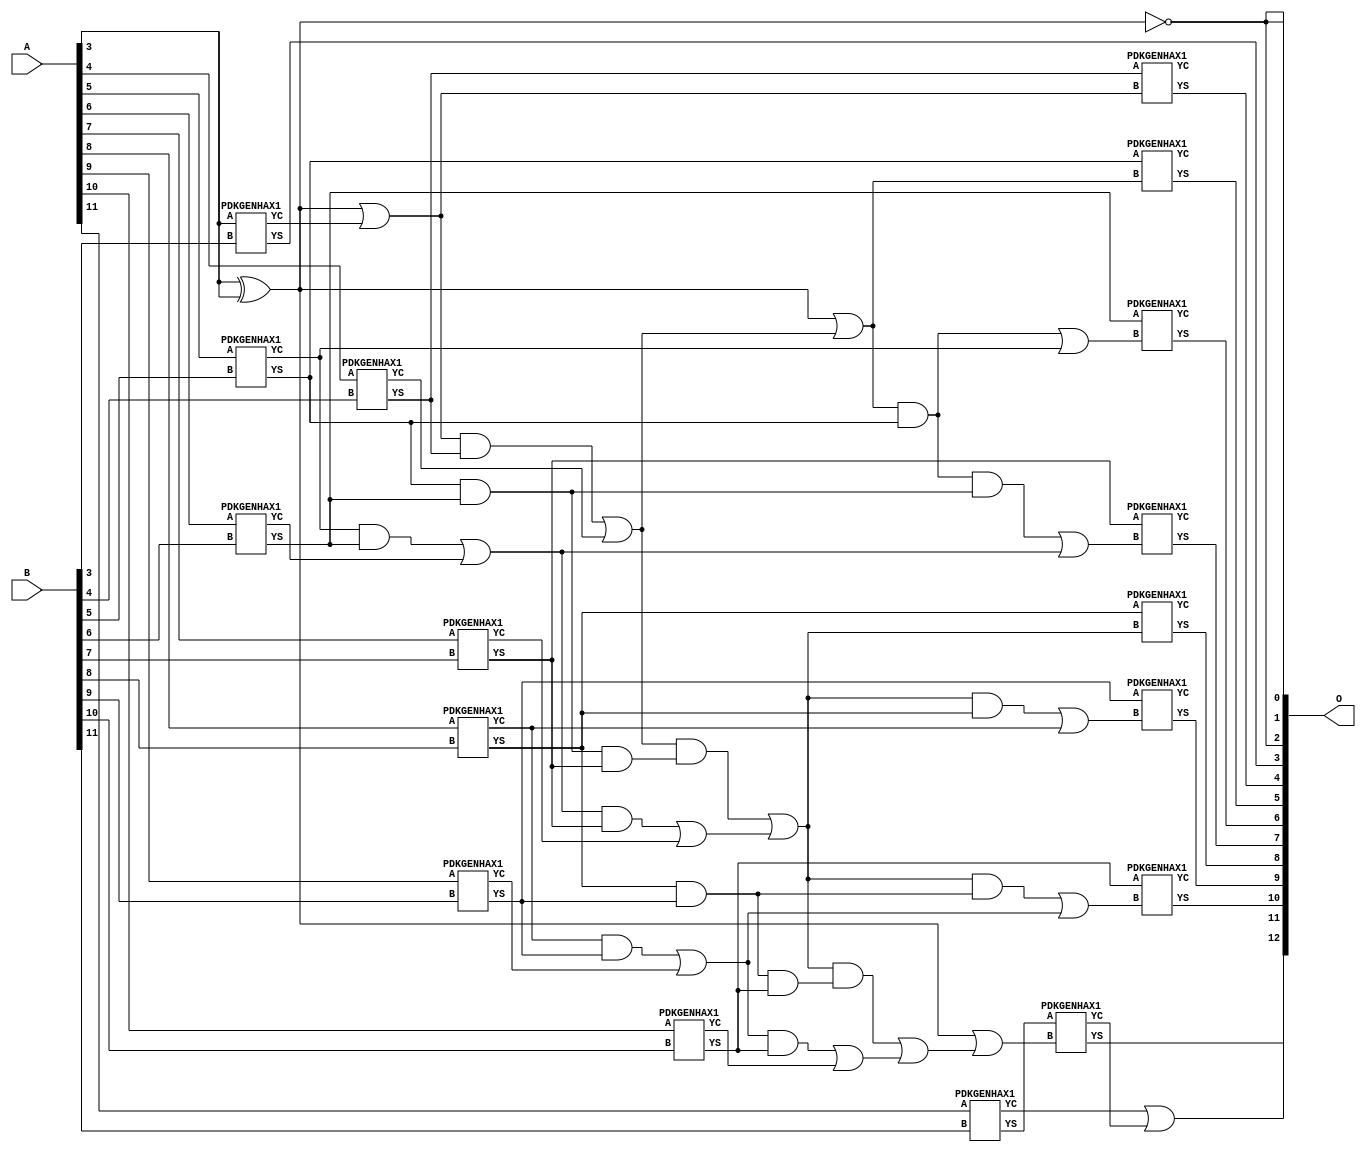
/***
* This code is a part of EvoApproxLib library (ehw.fit.vutbr.cz/approxlib) distributed under The MIT License.
* When used, please cite the following article(s): PRABAKARAN B. S., MRAZEK V., VASICEK Z., SEKANINA L., SHAFIQUE M. ApproxFPGAs: Embracing ASIC-based Approximate Arithmetic Components for FPGA-Based Systems. DAC 2020. 
***/
// MAE% = 0.032 %
// MAE = 2.6 
// WCE% = 0.085 %
// WCE = 7.0 
// WCRE% = 600.00 %
// EP% = 87.50 %
// MRE% = 0.089 %
// MSE = 10 
// FPGA_POWER = 0.36
// FPGA_DELAY = 8.0
// FPGA_LUT = 9.0

module add12u_16V(A, B, O);
  input [11:0] A, B;
  output [12:0] O;
  wire n_251, n_250, n_706, n_544, n_45, n_44, n_47, n_46, n_41, n_40;
  wire n_43, n_42, n_382, n_149, n_148, n_674, n_776, n_777, n_392, n_716;
  wire n_717, n_240, n_241, n_30, n_31, n_32, n_33, n_34, n_35, n_36;
  wire n_37, n_38, n_39, n_817, n_816, n_158, n_159, n_787, n_786, n_664;
  wire n_493, n_492, n_432, n_23, n_22, n_21, n_20, n_27, n_26, n_25;
  wire n_24, n_29, n_28, n_806, n_807, n_554, n_555, n_129, n_128, n_5;
  wire n_654, n_836, n_340, n_422, n_423, n_18, n_19, n_16, n_17, n_14;
  wire n_15, n_12, n_13, n_10, n_11, n_98, n_99, n_330, n_138, n_139;
  wire n_644, n_198, n_199, n_826, n_827, n_452, n_89, n_88, n_109, n_108;
  wire n_361, n_360, n_594, n_696, n_78, n_79, n_118, n_119, n_291, n_290;
  wire n_746, n_503, n_502, n_270, n_372, n_373, n_684, n_685, n_280, n_281;
  wire n_756, n_757, n_512, n_8, n_9, n_4, n_300, n_6, n_7, n_0;
  wire n_1, n_2, n_3, n_796, n_58, n_59, n_797, n_178, n_179, n_56;
  wire n_57, n_767, n_766;
  assign n_0 = A[0];
  assign n_1 = A[0];
  assign n_2 = A[1];
  assign n_3 = A[1];
  assign n_4 = A[2];
  assign n_5 = A[2];
  assign n_6 = A[3];
  assign n_7 = A[3];
  assign n_8 = A[4];
  assign n_9 = A[4];
  assign n_10 = A[5];
  assign n_11 = A[5];
  assign n_12 = A[6];
  assign n_13 = A[6];
  assign n_14 = A[7];
  assign n_15 = A[7];
  assign n_16 = A[8];
  assign n_17 = A[8];
  assign n_18 = A[9];
  assign n_19 = A[9];
  assign n_20 = A[10];
  assign n_21 = A[10];
  assign n_22 = A[11];
  assign n_23 = A[11];
  assign n_24 = B[0];
  assign n_25 = B[0];
  assign n_26 = B[1];
  assign n_27 = B[1];
  assign n_28 = B[2];
  assign n_29 = B[2];
  assign n_30 = B[3];
  assign n_31 = B[3];
  assign n_32 = B[4];
  assign n_33 = B[4];
  assign n_34 = B[5];
  assign n_35 = B[5];
  assign n_36 = B[6];
  assign n_37 = B[6];
  assign n_38 = B[7];
  assign n_39 = B[7];
  assign n_40 = B[8];
  assign n_41 = B[8];
  assign n_42 = B[9];
  assign n_43 = B[9];
  assign n_44 = B[10];
  assign n_45 = B[10];
  assign n_46 = B[11];
  assign n_47 = B[11];
  assign n_56 = ~(n_6 ^ n_6);
  assign n_57 = n_56;
  assign n_58 = ~n_57;
  assign n_59 = n_58;
  PDKGENHAX1 tmp63(.YS(n_78), .YC(n_79), .A(n_6), .B(n_30));
  PDKGENHAX1 tmp64(.YS(n_88), .YC(n_89), .A(n_8), .B(n_32));
  PDKGENHAX1 tmp65(.YS(n_98), .YC(n_99), .A(n_10), .B(n_34));
  PDKGENHAX1 tmp66(.YS(n_108), .YC(n_109), .A(n_12), .B(n_36));
  PDKGENHAX1 tmp67(.YS(n_118), .YC(n_119), .A(n_14), .B(n_38));
  PDKGENHAX1 tmp68(.YS(n_128), .YC(n_129), .A(n_16), .B(n_40));
  PDKGENHAX1 tmp69(.YS(n_138), .YC(n_139), .A(n_18), .B(n_42));
  PDKGENHAX1 tmp70(.YS(n_148), .YC(n_149), .A(n_20), .B(n_44));
  PDKGENHAX1 tmp71(.YS(n_158), .YC(n_159), .A(n_22), .B(n_46));
  assign n_178 = ~n_59;
  assign n_179 = n_178;
  assign n_198 = n_59 | n_79;
  assign n_199 = n_198;
  assign n_240 = n_199 & n_88;
  assign n_241 = n_240;
  assign n_250 = n_241 | n_89;
  assign n_251 = n_250;
  assign n_270 = ~n_178;
  assign n_280 = n_99 & n_108;
  assign n_281 = n_280;
  assign n_290 = n_281 | n_109;
  assign n_291 = n_290;
  assign n_300 = n_98 & n_108;
  assign n_330 = n_291 & n_118;
  assign n_340 = n_330 | n_119;
  assign n_360 = n_300 & n_118;
  assign n_361 = n_360;
  assign n_372 = n_129 & n_138;
  assign n_373 = n_372;
  assign n_382 = n_373 | n_139;
  assign n_392 = n_128 & n_138;
  assign n_422 = n_382 & n_148;
  assign n_423 = n_422;
  assign n_432 = n_423 | n_149;
  assign n_452 = n_392 & n_148;
  assign n_492 = n_270 | n_251;
  assign n_493 = n_492;
  assign n_502 = n_250 & n_361;
  assign n_503 = n_502;
  assign n_512 = n_503 | n_340;
  assign n_544 = n_512 & n_452;
  assign n_554 = n_544 | n_432;
  assign n_555 = n_554;
  assign n_594 = n_59 | n_555;
  assign n_644 = n_493 & n_98;
  assign n_654 = n_644 | n_99;
  assign n_664 = n_644 & n_300;
  assign n_674 = n_664 | n_291;
  assign n_684 = n_512 & n_128;
  assign n_685 = n_684;
  assign n_696 = n_685 | n_129;
  assign n_706 = n_512 & n_392;
  assign n_716 = n_706 | n_382;
  assign n_717 = n_716;
  assign n_746 = n_78;
  PDKGENHAX1 tmp118(.YS(n_756), .YC(n_757), .A(n_88), .B(n_199));
  PDKGENHAX1 tmp119(.YS(n_766), .YC(n_767), .A(n_98), .B(n_493));
  PDKGENHAX1 tmp120(.YS(n_776), .YC(n_777), .A(n_108), .B(n_654));
  PDKGENHAX1 tmp121(.YS(n_786), .YC(n_787), .A(n_118), .B(n_674));
  PDKGENHAX1 tmp122(.YS(n_796), .YC(n_797), .A(n_128), .B(n_512));
  PDKGENHAX1 tmp123(.YS(n_806), .YC(n_807), .A(n_138), .B(n_696));
  PDKGENHAX1 tmp124(.YS(n_816), .YC(n_817), .A(n_148), .B(n_717));
  PDKGENHAX1 tmp125(.YS(n_826), .YC(n_827), .A(n_158), .B(n_594));
  assign n_836 = n_159 | n_827;
  assign O[0] = n_179;
  assign O[1] = n_57;
  assign O[2] = n_178;
  assign O[3] = n_746;
  assign O[4] = n_756;
  assign O[5] = n_766;
  assign O[6] = n_776;
  assign O[7] = n_786;
  assign O[8] = n_796;
  assign O[9] = n_806;
  assign O[10] = n_816;
  assign O[11] = n_826;
  assign O[12] = n_836;
endmodule

/* mod */
module PDKGENHAX1( input A, input B, output YS, output YC );
    assign YS = A ^ B;
    assign YC = A & B;
endmodule